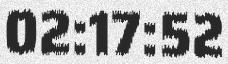
02:17:52